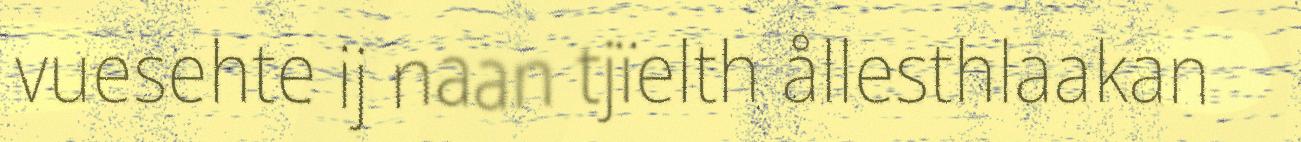
vuesehte ij naan tjïelth ållesthlaakan